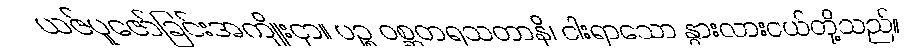
ယဇ်ပူဇော်ခြင်းအကျိုးငှာ။ ပဉ္စ ဝစ္ဆတရသတာနိ၊ ငါးရာသော နွားလားငယ်တို့သည်။